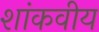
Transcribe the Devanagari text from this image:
शांकवीय